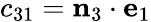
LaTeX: c_{31}=\mathbf{n}_{3}\cdot\mathbf{e}_{1}